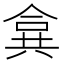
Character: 𠔤